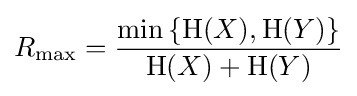
R_{\max }={\frac {\min \left\{\mathrm {H} (X),\mathrm {H} (Y)\right\}}{\mathrm {H} (X)+\mathrm {H} (Y)}}